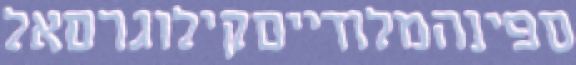
ספינהמלודייםקילוגרםאל